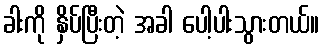
ခါးကို နှိပ်ပြီးတဲ့ အခါ ပေါ့ပါးသွားတယ်။